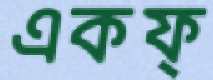
একফ্